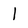
Character: 1